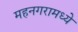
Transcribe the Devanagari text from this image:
महनगरामध्ये